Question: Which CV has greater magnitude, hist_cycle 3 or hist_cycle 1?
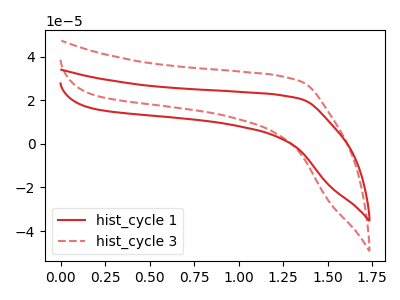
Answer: <think>The red curve "hist_cycle 1" has no peaks. The red dashed curve "hist_cycle 3" has no peaks.
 Neither "hist_cycle 3" or "hist_cycle 1" have any peaks.</think>
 <answer>I cant tell if "hist_cycle 3" or "hist_cycle 1" has more signal.</answer>
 <eval>mixed_signal</eval>